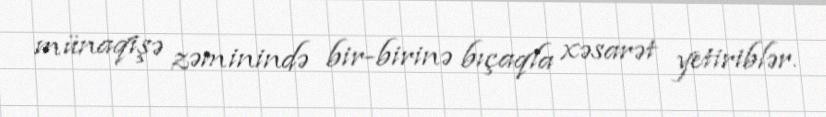
münaqişə zəminində bir-birinə bıçaqla xəsarət yetiriblər.